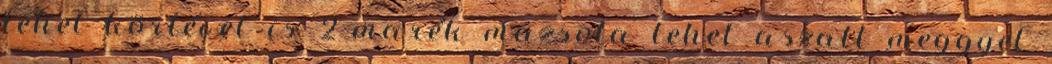
lehet körtével is 2 marék mazsola lehet aszalt meggyel